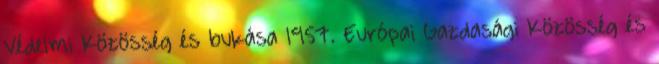
Védelmi Közösség és bukása 1957. Európai Gazdasági Közösség és